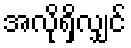
အလိုရှိလျှင်